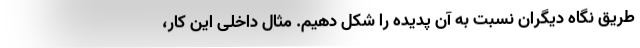
طریق نگاه دیگران نسبت به آن پدیده را شکل دهیم. مثال داخلی این کار،